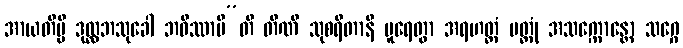
အာယတိမ္ပိ ဒုလ္လဘသုခေါ ဘဝိဿာမီ”တိ တီဏိ သုစရိတာနိ ပူရေတွာ အရဟတ္တံ ပတ္တုံ အသက္ကောန္တော သဂ္ဂေ